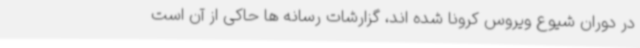
در دوران شیوع ویروس کرونا شده اند، گزارشات رسانه ها حاکی از آن است